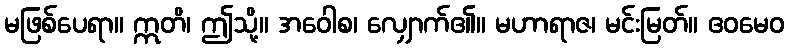
မဖြစ်ပေရာ။ ဣတိ၊ ဤသို့။ အဝေါစ၊ လျှောက်၏။ မဟာရာဇ၊ မင်းမြတ်။ ဧဝမေဝ